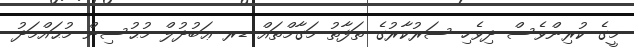
މީގެ ކުރިންވެސް ދިވެހި ސަރުކާރުގެ ތަފާތު މަގާމްތައް ޑރ ޢަބުދުލް މުޙުސިން މުޙައްމަދު